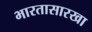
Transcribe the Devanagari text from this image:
भारतासारखा